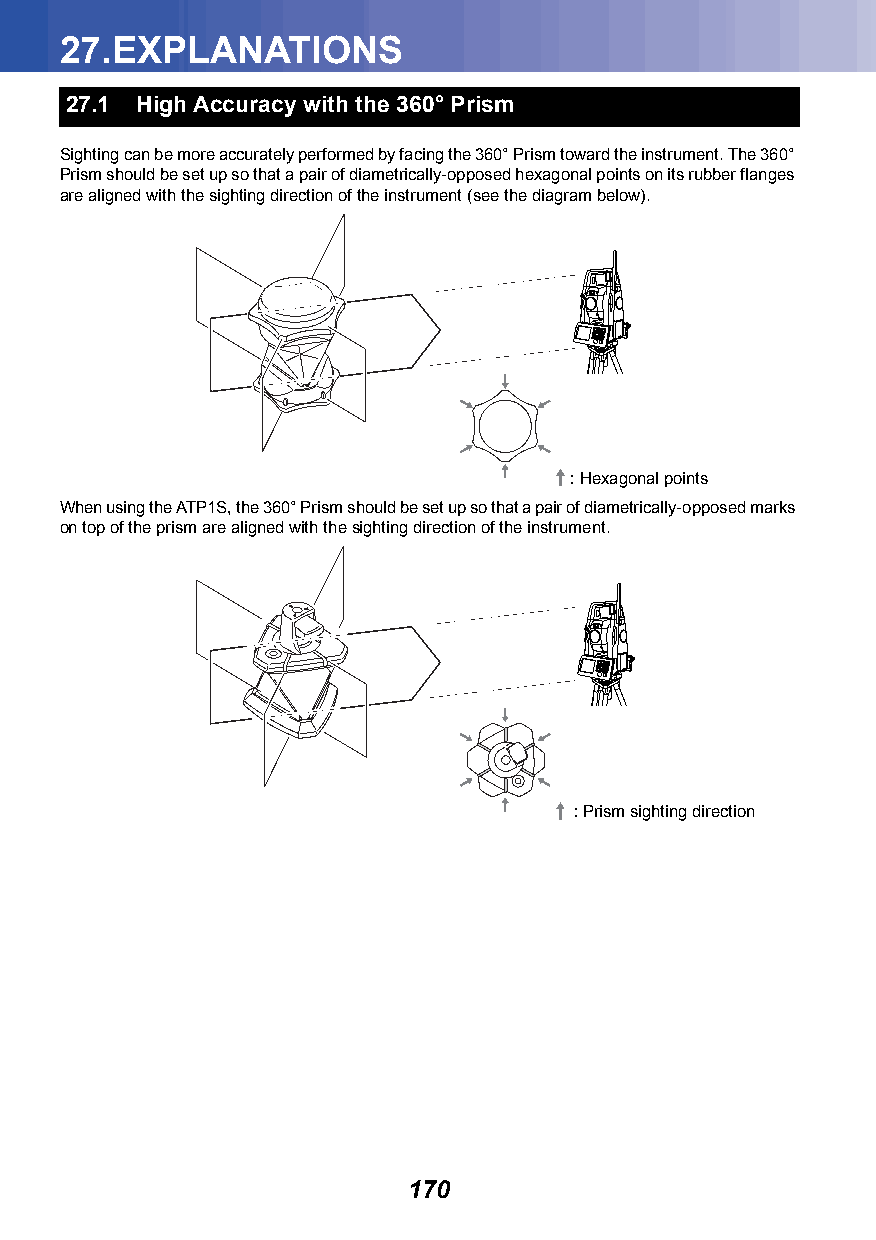
27.EXPLANATIONS
 27.1 High Accuracy with the 360° Prism
 Sighting can be more accurately performed by facing the 360° Prism toward the instrument. The 360°
 Prism should be set up so that a pair of diametrically-opposed hexagonal points on its rubber flanges
 are aligned with the sighting direction of the instrument (see the diagram below).
 : Hexagonal points
 When using the ATP1S, the 360° Prism should be set up so that a pair of diametrically-opposed marks
 on top of the prism are aligned with the sighting direction of the instrument.
 : Prism sighting direction
 170